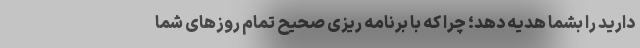
دارید را بشما هدیه دهد؛ چرا که با برنامه ریزی صحیح تمام روزهای شما